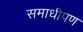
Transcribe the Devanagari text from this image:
समाधीपण